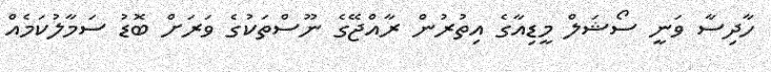
ހާދިސާ ވަނީ ސޯޝަލް މީޑިއާގެ އިތުރުން ރާއްޖޭގެ ނޫސްތަކުގެ ވަރަށް ބޮޑު ސަމާލުކަމެއް